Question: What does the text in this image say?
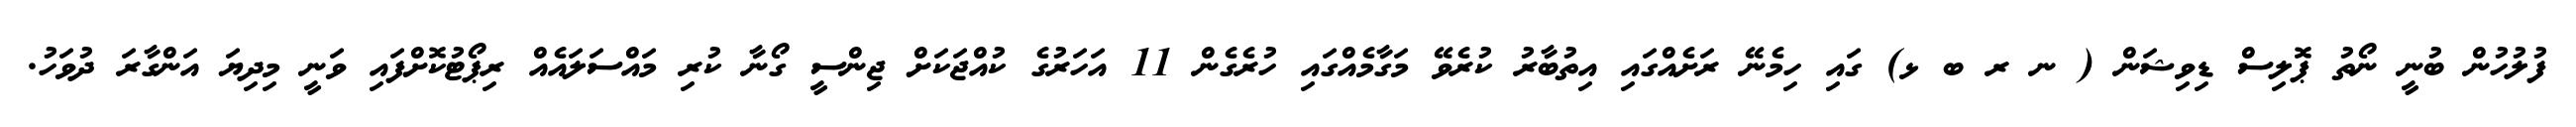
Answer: ފުލުހުން ބުނީ ނޯތު ޕޮލިސް ޑިވިޝަން ( ނ ރ ބ ޅ) ގައި ހިމެނޭ ރަށެއްގައި އިތުބާރު ކުރެވޭ މަގާމެއްގައި ހުރެގެން 11 އަހަރުގެ ކުއްޖަކަށް ޖިންސީ ގޯނާ ކުރި މައްސަލައެއް ރިޕޯޓުކޮށްފައި ވަނީ މިދިޔަ އަންގާރަ ދުވަހު.